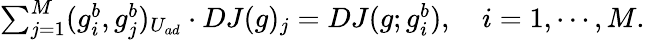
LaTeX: \begin{array}{r}{\sum_{j=1}^{M}(g_{i}^{b},g_{j}^{b})_{U_{ad}}\cdot DJ(g)_{j}=DJ(g;g_{i}^{b}),\quad i=1,\cdots,M.}\end{array}